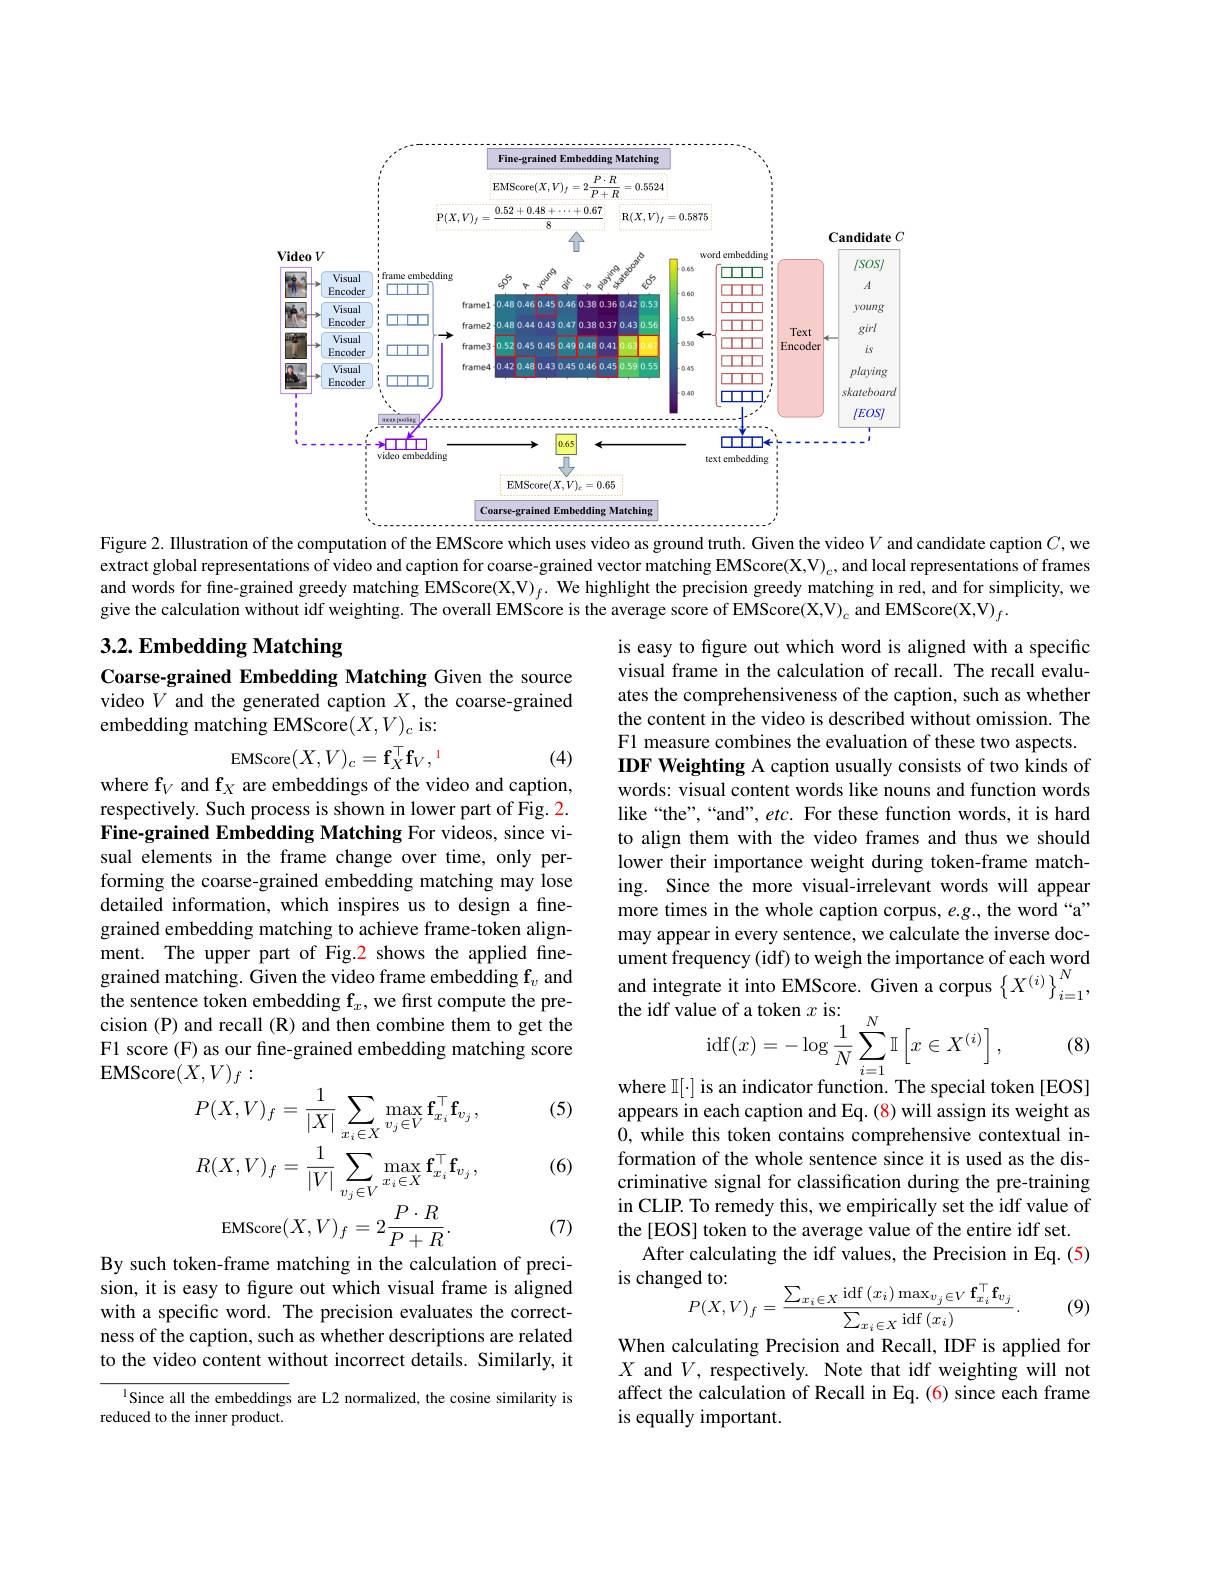
<FigureHere>
Figure 2. Illustration of the computation of the EMScore which uses video as ground truth. Given the video $V$ and candidate caption $C$, we

extract global representations of video and caption for coarse-grained vector matching EMScore(X,V) $_{c}$ and local representations of frames and words for fine-grained greedy matching EMScore(X,V)$_f.$ We highlight the precision greedy matching in red, and for simplicity, we give the calculation without idf weighting. The overall EMScore is the average score of EMScore(X,V) $_c$ and EMScore(X,V) $_f.$

# 3.2. Embedding Matching

Coarse-grained Embedding Matching Given the source video $V$ and the generated caption $X$, the coarse-grained embedding matching EMScore(X,V)。is:
$$\mathrm{EMScore}(X,V)_{c}=\mathbf{f}_{X}^{\top}\mathbf{f}_{V},$$
(4)

is easy to figure out which word is aligned with a specific visual frame in the calculation of recall. The recall evaluates the comprehensiveness of the caption, such as whether the content in the video is described without omission. The F1 measure combines the evaluation of these two aspects. IDF Weighting A caption usually consists of two kinds of words: visual content words like nouns and function words like“the”,“and”, etc. For these function words, it is hard to align them with the video frames and thus we should lower their importance weight during token-frame matching. Since the more visual-irrelevant words will appear more times in the whole caption corpus, e.g., the word “a” may appear in every sentence, we calculate the inverse document frequency (idf) to weigh the importance of each word and integrate it into EMScore. Given a corpus $\left\{X^{(i)}\right\}_{i=1}^{N}$,
$$\begin{aligned}&\text{ue of a token }x\mathrm{~is:}\\&\operatorname{idf}(x)=-\log\frac{1}{N}\sum_{i=1}^{N}\mathbb{I}\left[x\in X^{(i)}\right],\\&\text{ic on indicotor funotion Tho crociol to}\end{aligned}$$
where f$_V$ and f$_X$ are embeddings of the video and caption, respectively. Such process is shown in lower part of Fig. 2. Fine-grained Embedding Matching For videos, since visual elements in the frame change over time, only performing the coarse-grained embedding matching may lose detailed information, which inspires us to design a finegrained embedding matching to achieve frame-token alignment. The upper part of Fig.2 shows the applied finegrained matching. Given the video frame embedding $\mathbf{f}_v$ and the sentence token embedding f$_x$,we first compute the precision (P) and recall (R) and then combine them to get the F1 score (F) as our fine-grained embedding matching score EMScore$(X,V)_f:$

(8)

(5)

(6)
$$\begin{aligned}&(X,V)_{f}\:.\\&P(X,V)_{f}=\frac{1}{|X|}\sum_{x_{i}\in X}\max_{v_{j}\in V}\mathbf{f}_{x_{i}}^{\top}\mathbf{f}_{v_{j}}\:,\\&R(X,V)_{f}=\frac{1}{|V|}\sum_{v_{j}\in V}\max_{x_{i}\in X}\mathbf{f}_{x_{i}}^{\top}\mathbf{f}_{v_{j}}\:,\\&\mathrm{EMScore}(X,V)_{f}=2\frac{P\cdot R}{P+R}.\\\end{aligned}$$
where $\mathbb{I}[\cdot]$ is an indicator function. The special token [EOS] appears in each caption and Eq. (8) will assign its weight as 0, while this token contains comprehensive contextual information of the whole sentence since it is used as the discriminative signal for classification during the pre-training in CLIP. To remedy this, we empirically set the idf value of the[EOS] token to the average value of the entire idf set.
After calculating the idf values, the Precision in Eq. (5)
is changed to:
$$\begin{array}{l}{\text{çed to:}}\\{P(X,V)_{f}=\frac{\sum_{x_{i}\in X}\mathrm{idf}\left(x_{i}\right)\max_{v_{j}\in V}\mathbf{f}_{x_{i}}^{\top}\mathbf{f}_{v_{j}}}{\sum_{x_{i}\in X}\mathrm{idf}\left(x_{i}\right)}.}\end{array}$$
(7)

(9)

By such token-frame matching in the calculation of precision, it is easy to figure out which visual frame is aligned with a specific word. The precision evaluates the correctness of the caption, such as whether descriptions are related to the video content without incorrect details. Similarly, it

When calculating Precision and Recall, IDF is applied for $X$ and $V$, respectively. Note that idf weighting will not affect the calculation of Recall in Eq.(6) since each frame is equally important.

$^{\mathrm{l}}$Since all the embeddings are L2 normalized, the cosine similarity is
reduced to the inner product.